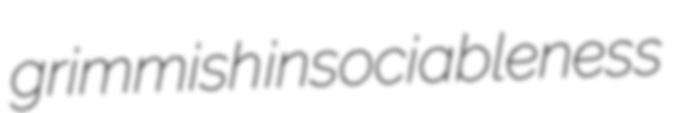
grimmish insociableness